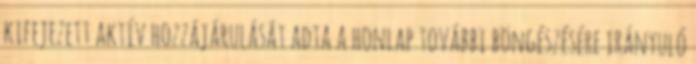
kifejezett aktív hozzájárulását adta a honlap további böngészésére irányuló